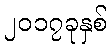
၂၀၁၇ခုနှစ်